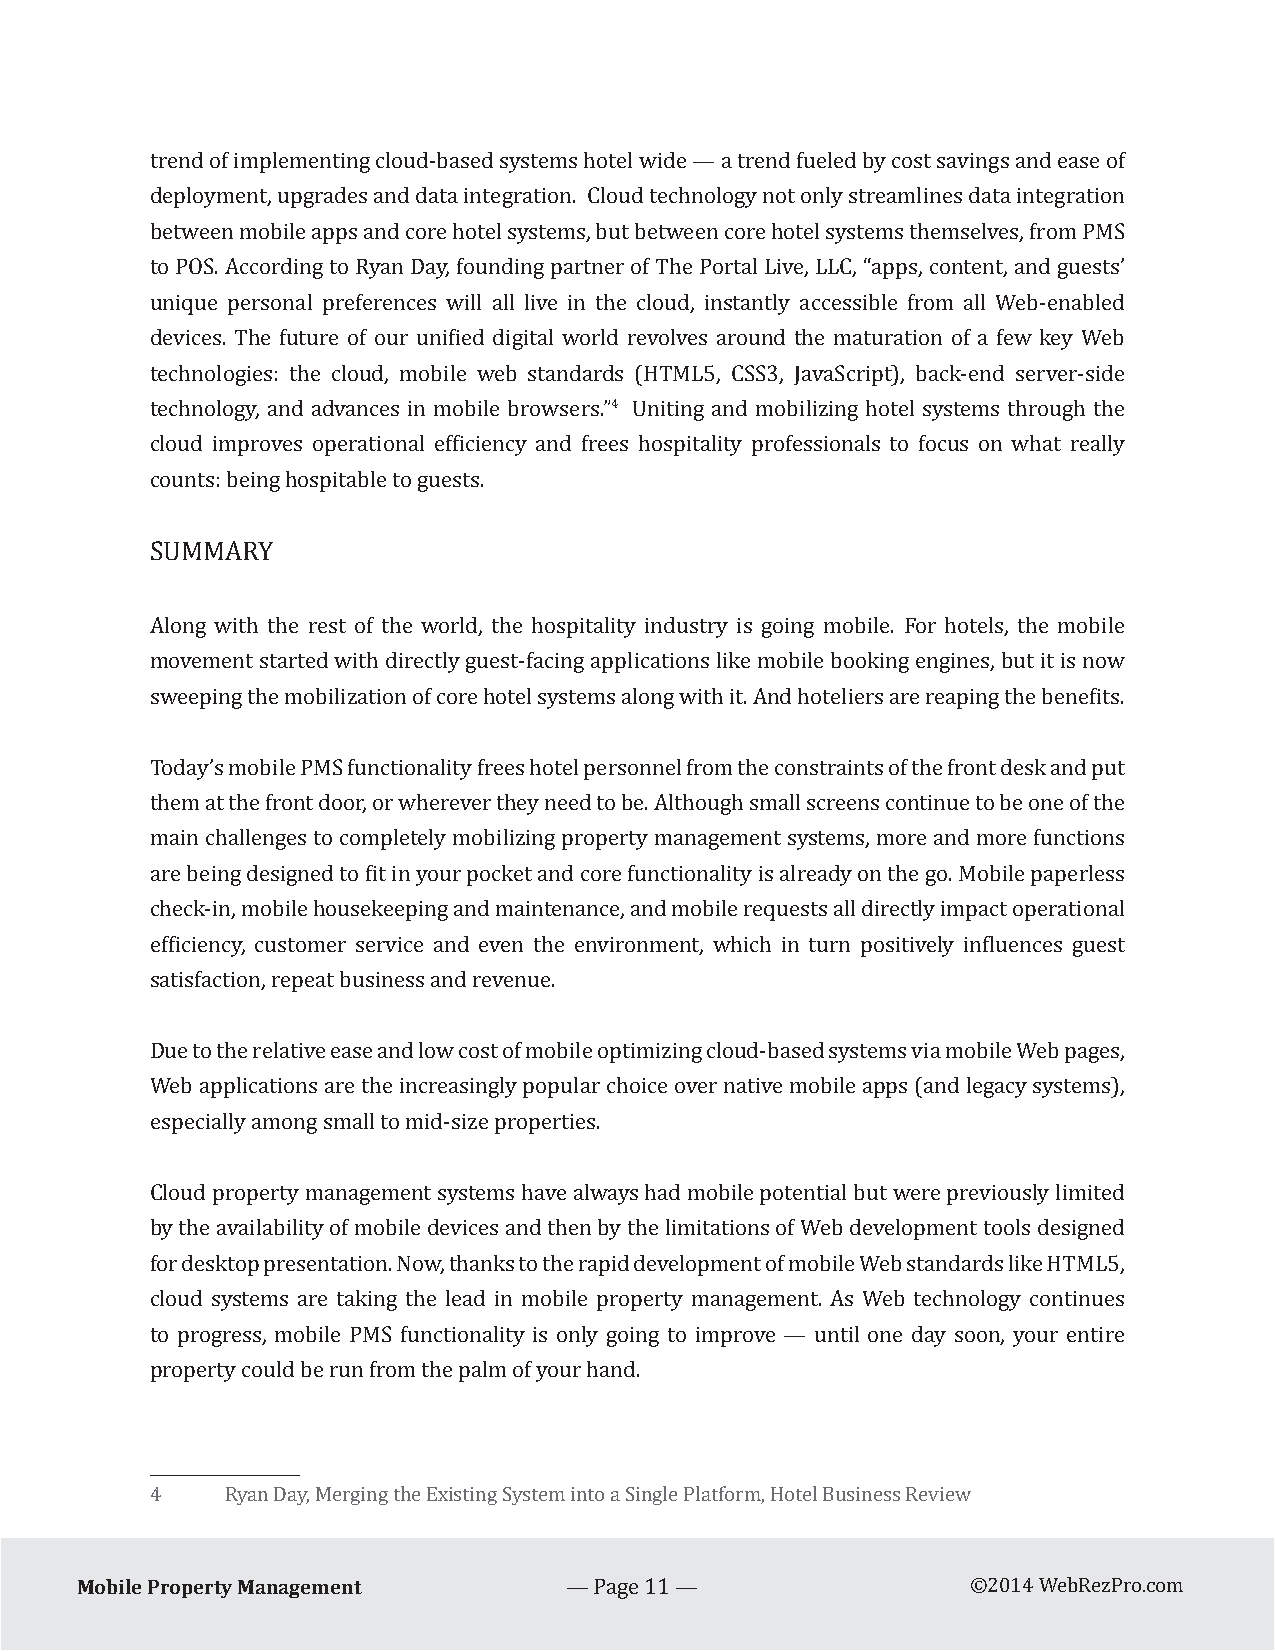
trend of implementing cloud-based systems hotel wide — a trend fueled by cost savings and ease of
 deployment, upgrades and data integration. Cloud technology not only streamlines data integration
 between mobile apps and core hotel systems, but between core hotel systems themselves, from PMS
 to POS. According to Ryan Day, founding partner of The Portal Live, LLC, “apps, content, and guests’
 unique personal preferences will all live in the cloud, instantly accessible from all Web-enabled
 devices. The future of our unified digital world revolves around the maturation of a few key Web
 technologies: the cloud, mobile web standards (HTML5, CSS3, JavaScript), back-end server-side
 4
 technology, and advances in mobile browsers.” Uniting and mobilizing hotel systems through the
 cloud improves operational efficiency and frees hospitality professionals to focus on what really
 counts: being hospitable to guests.
 SUMMARY
 Along with the rest of the world, the hospitality industry is going mobile. For hotels, the mobile
 movement started with directly guest-facing applications like mobile booking engines, but it is now
 sweeping the mobilization of core hotel systems along with it. And hoteliers are reaping the benefits.
 Today’s mobile PMS functionality frees hotel personnel from the constraints of the front desk and put
 them at the front door, or wherever they need to be. Although small screens continue to be one of the
 main challenges to completely mobilizing property management systems, more and more functions
 are being designed to fit in your pocket and core functionality is already on the go. Mobile paperless
 check-in, mobile housekeeping and maintenance, and mobile requests all directly impact operational
 efficiency, customer service and even the environment, which in turn positively influences guest
 satisfaction, repeat business and revenue.
 Due to the relative ease and low cost of mobile optimizing cloud-based systems via mobile Web pages,
 Web applications are the increasingly popular choice over native mobile apps (and legacy systems),
 especially among small to mid-size properties.
 Cloud property management systems have always had mobile potential but were previously limited
 by the availability of mobile devices and then by the limitations of Web development tools designed
 for desktop presentation. Now, thanks to the rapid development of mobile Web standards like HTML5,
 cloud systems are taking the lead in mobile property management. As Web technology continues
 to progress, mobile PMS functionality is only going to improve — until one day soon, your entire
 property could be run from the palm of your hand.
 4    Ryan Day, Merging the Existing System into a Single Platform, Hotel Business Review
 Mobile Property Management
 — Page 11 —                ©2014 WebRezPro.com